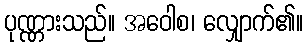
ပုဏ္ဏားသည်။ အဝေါစ၊ လျှောက်၏။